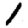
Digit: 1